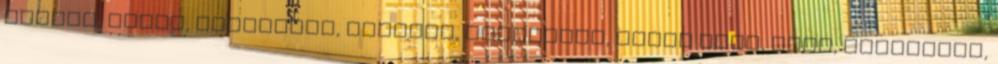
részeg, párok, egyenruha, szóbeli, tinédzser, vörös hajú, cigi, tinédzser,